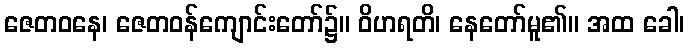
ဇေတဝနေ၊ ဇေတဝန်ကျောင်းတော်၌။ ဝိဟရတိ၊ နေတော်မူ၏။ အထ ခေါ၊